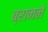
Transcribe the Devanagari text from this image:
ब्रानने